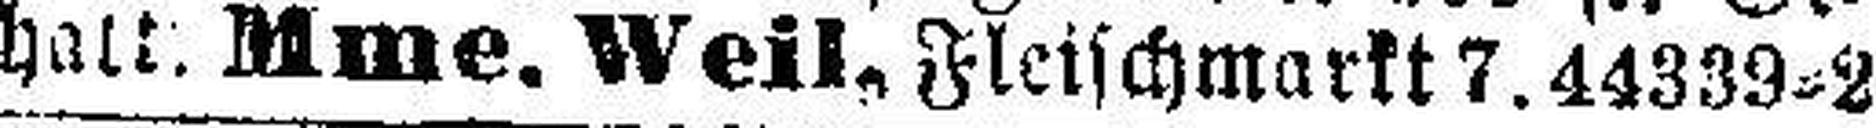
halt. Mme. Weil. Fleischmarkt 7.44339=2